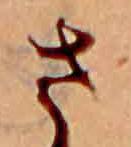
さ